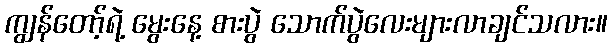
ကျွန်တော့်ရဲ့ မွေးနေ့ စားပွဲ သောက်ပွဲလေးများလာချင်သလား။